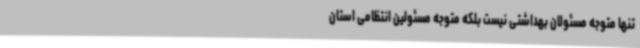
تنها متوجه مسئولان بهداشتی نیست بلکه متوجه مسئولین انتظامی استان